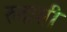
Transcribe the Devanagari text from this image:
रुतासी